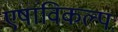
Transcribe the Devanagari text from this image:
एषांविकल्पः